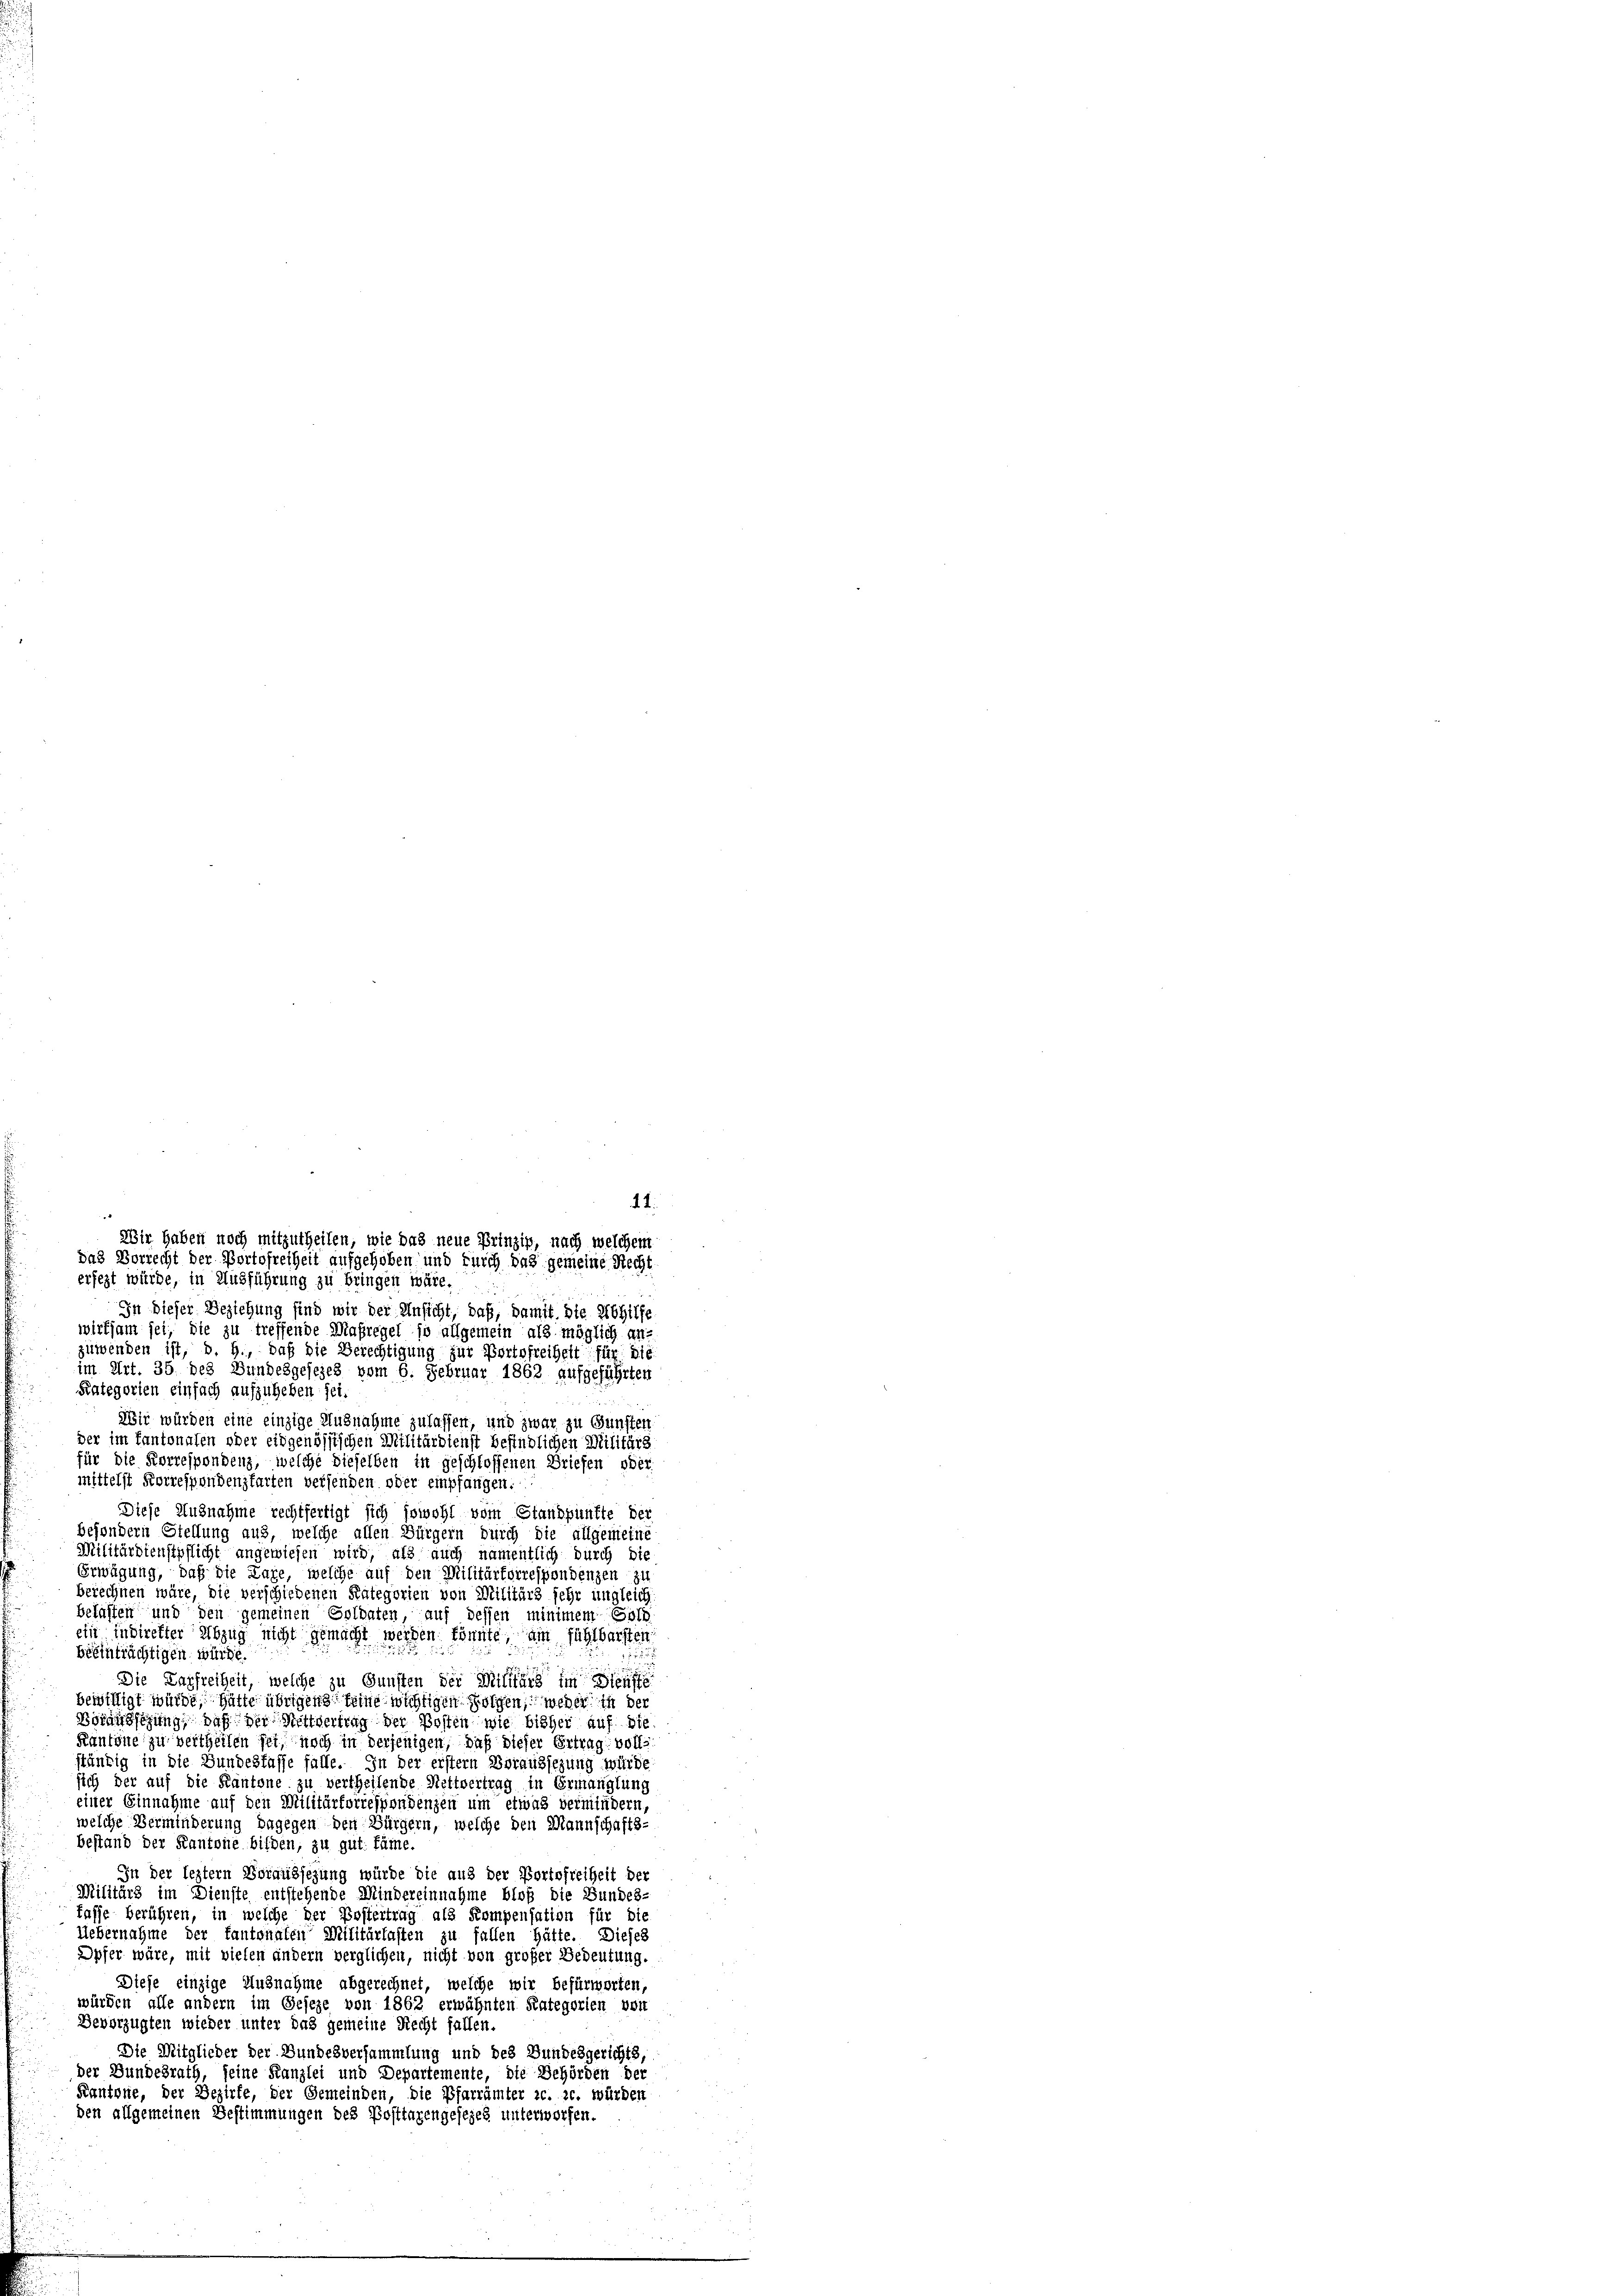
In dieser Beziehung sind wir der Ansicht, daß, damit die Abhilfe
wirksam sei, die zu treffende Maßregel so allgemein als möglich an-
zuwenden ist, d. h., daß die Berechtigung zur Portofreiheit für die
Diese Ausnahme rechtfertigt sich jawohl vom Standpunkte der
besondern Stellung aus, welche allen Bürgern durch die allgemeine
Militärdienstpflicht angewiesen wird, als auch namentlich durch die
Erwägung, daß die Lage, welche auf den Militärtorrespondenzen zu
berechnen wäre, die verschiedenen Kategorien von Militärs sehr ungleich
befasten und den gemeinen Soldaten, auf dessen minimem Goth
eii indiretter Abzug nicht gemacht werden könnte, am fühlbarsten
beeinträchtigen würde.
Die Lagfreiheit, welche zu Gunsten der Militärs sin
bewilligt würde, hatte übrigens seine wichtigen Folgen, weder in der
Borausschung, daß der Heldertrag der Posten wie bisher auf die
Kantone zu vertheilen sei, noch in derjenigen, daß dieser Ertrag voll
ständig in die Bundesfasse fülle. In der erster Boraussezung würde
sich der auf die Kantone zu vertheilende Nettvertrag in Ermanglung
einer Einnahme auf den Militärforrespondenzen um etwas vermindern,
welche Verminderung dagegen den Bürgern, welche den Mannschafts-
bestand der Kantone bilden, zu gut. Läme.
In der lezter Voraussehung würde die aus der Portofreiheit der
Militärs im Dienste entstehende Mindereinnahme bloß die Bundes-
fasse berühren, in welche der Postertrag als Kompensation für die
Uebernahme der kantonalen Militärlasten zu fallen hätte. Dieses
Opfer wäre, mit vielen andern verglichen, nicht von großer Bedeutung.
Diese einzige Ausnahme abgerechnet, welche wir befürworten,
würden alle andern im Geseze von 1862 erwähnten Kategorien vor
Bevorzugten wieder unter das gemeine Recht fallen.
Die Mitglieder der Bundesversammlung und des Bundesgerichts,
der Bundesrath, seine Kanzlei und Departemente, die Behörden der
Kantone, der Bezirke, der Gemeinden, die Pfarrämter c. c. würden
den allgemeinen Bestimmungen des Posttagengesezes unterworfen.

d. 4.
Wir haben noch mitzutheilen, wie das neue Prinzip, nach welchem
das Vorrecht der Portofreiheit aufgehoben und furch das gemeine Recht
erfezt würde, in Ausführung zu bringen wäre.

im Art. 36 des Bundesgesezes vom 6. Februar 1863 aufgeführten
Kategorien einfach aufzuheben sei.
Wir würden eine einzige Ausnahme zulassen, und zwar zu Gunsten
der im Kantonalen oder eidgenössischen Militärdienst befindlichen Militärs
für die Korrespondenz, welche dieselben in geschlossenen Briefen oder
mittelst Korrespondenzkarten versenden oder empfangen: